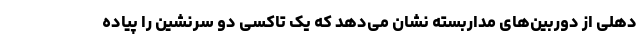
دهلی از دوربین‌های مداربسته نشان می‌دهد که یک تاکسی دو سرنشین را پیاده